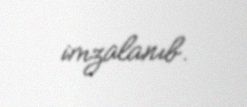
imzalanıb.